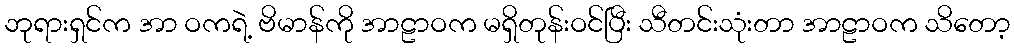
ဘုရားရှင်က အာ ဝကရဲ့ ဗိမာန်ကို အာဠာဝက မရှိတုန်းဝင်ပြီး သီတင်းသုံးတာ အာဠာဝက သိတော့